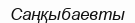
Саңқыбаевты